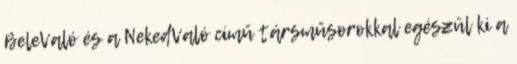
BeleValó és a NekedValó című társműsorokkal egészül ki a